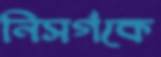
নিসর্গকে